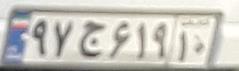
۹۷ج۶۱۹۱۰